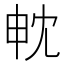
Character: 𭻄